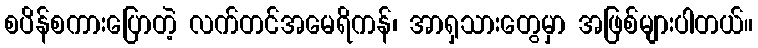
စပိန်စကားပြောတဲ့ လက်တင်အမေရိကန်၊ အာရှသားတွေမှာ အဖြစ်များပါတယ်။